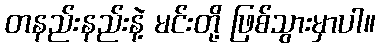
တနည်းနည်းနဲ့ မင်းတို့ ဖြစ်သွားမှာပါ။